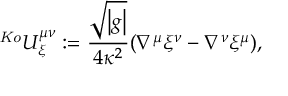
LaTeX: \ ^ { \mathrm { \tiny ~ \it ~ K o } } U _ { \xi } ^ { \mu \nu } : = \frac { \sqrt { \left| g \right| } } { 4 \kappa ^ { 2 } } ( \nabla ^ { \mu } \xi ^ { \nu } - \nabla ^ { \nu } \xi ^ { \mu } ) ,